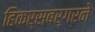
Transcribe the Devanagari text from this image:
हिकर्सबर्गरने